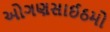
ઓગણસાઈઠમો